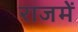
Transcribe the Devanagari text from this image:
राजमें